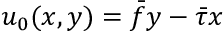
u _ { 0 } ( x , y ) = \bar { f } y - \bar { \tau } x